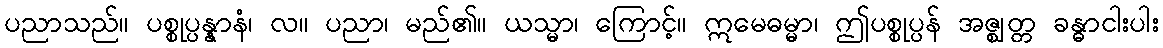
ပညာသည်။ ပစ္စုပ္ပန္နာနံ၊ လ။ ပညာ၊ မည်၏။ ယသ္မာ၊ ကြောင့်။ ဣမေဓမ္မာ၊ ဤပစ္စုပ္ပန် အဇ္ဈတ္တ ခန္ဓာငါးပါး